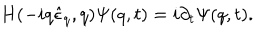
LaTeX: H ( - i q \hat { \epsilon } _ { q } , q ) \Psi ( q , t ) = i \partial _ { t } \Psi ( q , t ) .